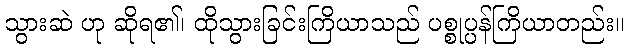
သွားဆဲ ဟု ဆိုရ၏၊ ထိုသွားခြင်းကြိယာသည် ပစ္စုပ္ပန်ကြိယာတည်း။